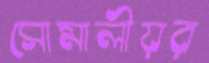
সোমালীয়র